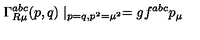
\Gamma _ { R \mu } ^ { a b c } ( p , q ) \mid _ { p = q , p ^ { 2 } = \mu ^ { 2 } } = g f ^ { a b c } p _ { \mu }